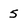
Character: 5